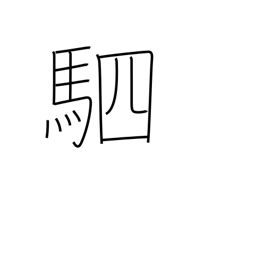
Meaning: four horses